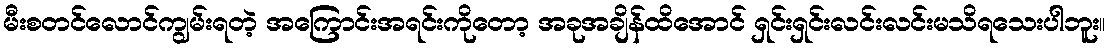
မီးစတင်လောင်ကျွမ်းရတဲ့ အကြောင်းအရင်းကိုတော့ အခုအချိန်ထိအောင် ရှင်းရှင်းလင်းလင်းမသိရသေးပါဘူး။